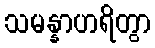
သမန္နာဟရိတွာ